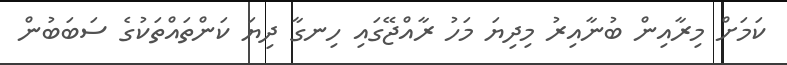
ކަމަށް މިރާއިން ބުނާއިރު މިދިޔަ މަހު ރާއްޖޭގައި ހިނގާ ދިޔަ ކަންތައްތަކުގެ ސަބަބުން